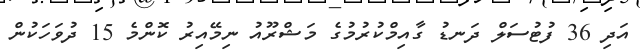
އަދި 36 ފުޓުސަލް ދަނޑު ގާއިމްކުރުމުގެ މަޝްރޫއު ނިމޭއިރު ކޮންމެ 15 ދުވަހަކުން